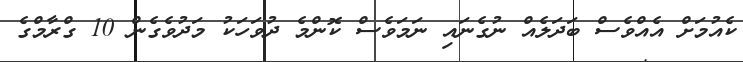
ކެެެއުމަށް އެއްވެސް ބަދަލެއް ނުގެނައި ނަމަވެސް ކޮންމެ ދުވަހަކު މަދުވެގެން 10 ގްރާމްގެ